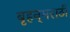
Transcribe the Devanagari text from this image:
बृहन्‌मराठी